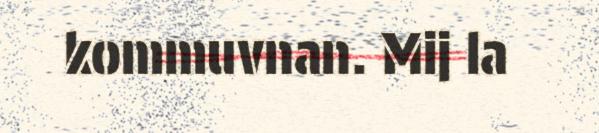
kommuvnan. Mij la